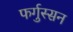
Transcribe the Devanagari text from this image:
फर्गुस्सन